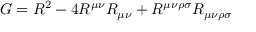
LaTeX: G = R ^ { 2 } - 4 R ^ { \mu \nu } R _ { \mu \nu } + R ^ { \mu \nu \rho \sigma } R _ { \mu \nu \rho \sigma }